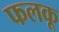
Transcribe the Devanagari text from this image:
फलकू